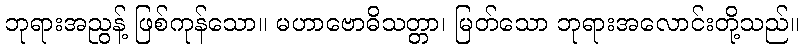
ဘုရားအညွန့် ဖြစ်ကုန်သော။ မဟာဗောဓိသတ္တာ၊ မြတ်သော ဘုရားအလောင်းတို့သည်။